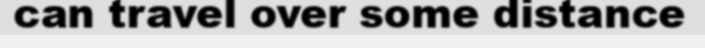
can travel over some distance